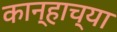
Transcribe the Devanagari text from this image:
कान्हाच्या